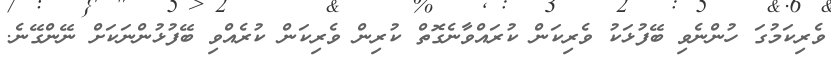
ވެރިކަމުގަ ހުންނެވި ބޭފުޅަކު ވެރިކަން ކުރައްވާނެގޮތް ކުރިން ވެރިކަން ކުރެއްވި ބޭފުޅުންނަކަށް ނޭންގޭނެ.